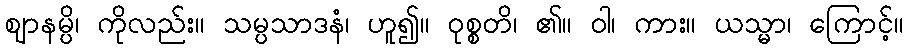
ဈာနမ္ပိ၊ ကိုလည်း။ သမ္ပသာဒနံ၊ ဟူ၍။ ဝုစ္စတိ၊ ၏။ ဝါ၊ ကား။ ယသ္မာ၊ ကြောင့်။